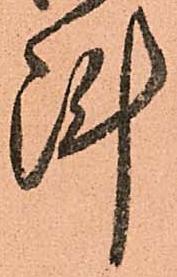
陣